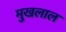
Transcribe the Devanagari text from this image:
मुखलाल